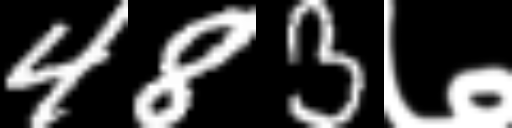
Text: 483७